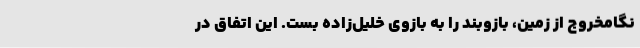
نگامخروج از زمین، بازوبند را به بازوی خلیل‌زاده بست. این اتفاق در